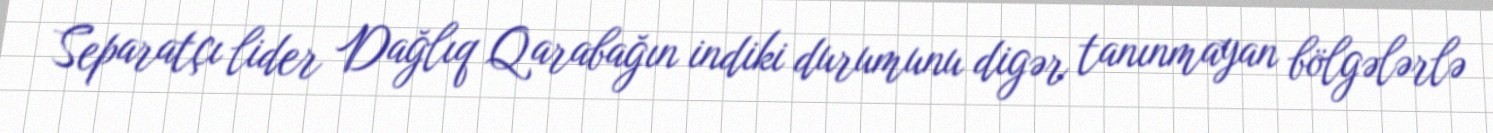
Separatçı lider Dağlıq Qarabağın indiki durumunu digər tanınmayan bölgələrlə